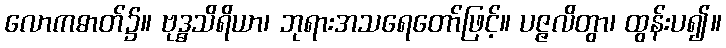
လောကဓာတ်၌။ ဗုဒ္ဓသိရိယာ၊ ဘုရားအသရေတော်ဖြင့်။ ပဇ္ဇလိတွာ၊ ထွန်းပ၍။